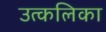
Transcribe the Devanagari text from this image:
उत्‍कलिका